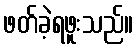
ဖတ်ခဲ့ရဖူးသည်။